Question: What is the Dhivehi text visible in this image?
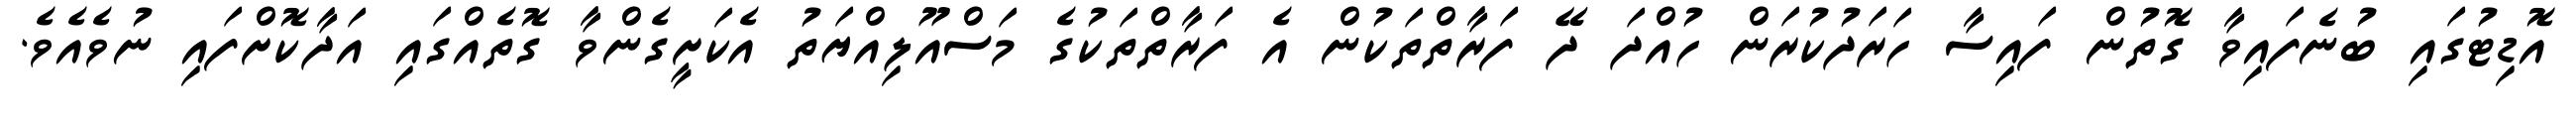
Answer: އޮޑިޓުގައި ބުނެފައިވާ ގޮތުން ފައިސާ ހަރަދުކުރަން ހުއްދަ ދޭ ފަރާތްތަކުން އެ ފަރާތްތަކުގެ މަސްއޫލިއްޔަތު އެކަށީގެންވާ ގޮތެއްގައި އަދާކޮށްފައި ނުވެއެވެ.